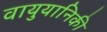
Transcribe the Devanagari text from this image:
वायुयानिकी